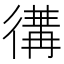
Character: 𢔵